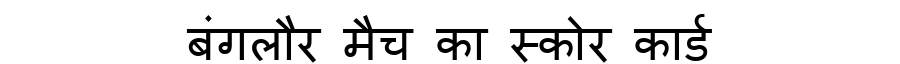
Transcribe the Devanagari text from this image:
बंगलौर मैच का स्कोर कार्ड